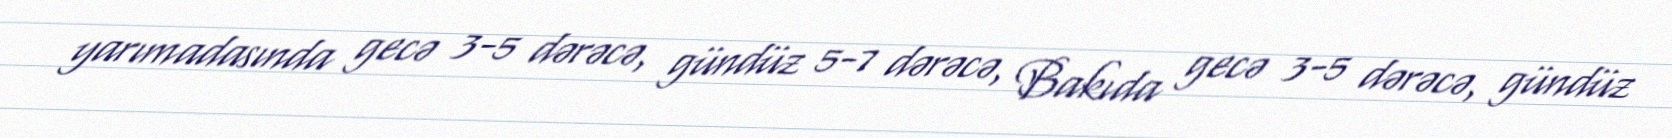
yarımadasında gecə 3-5 dərəcə, gündüz 5-7 dərəcə, Bakıda gecə 3-5 dərəcə, gündüz